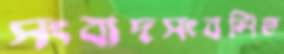
সংবাদসংবলিত